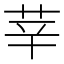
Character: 𦭱